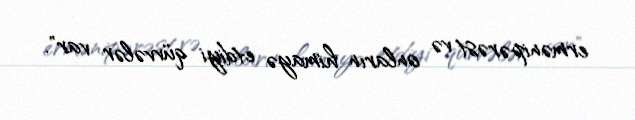
ermənipərəst və onların himayə etdiyi qüvvələr var".